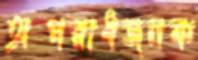
অপরাধজনক